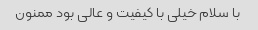
با سلام خیلی با کیفیت و عالی بود ممنون